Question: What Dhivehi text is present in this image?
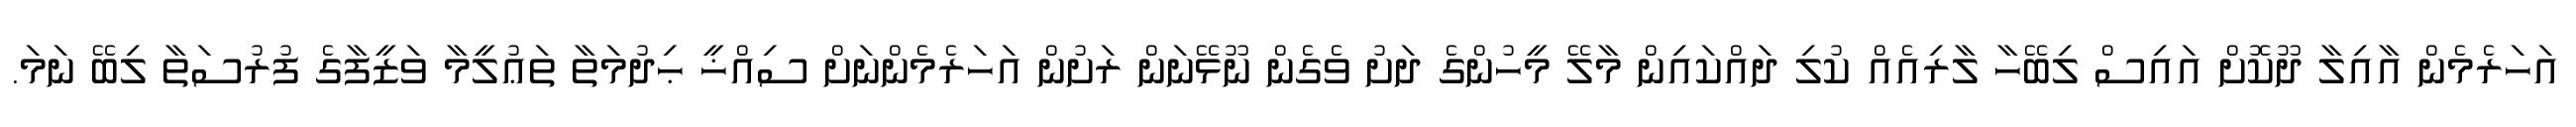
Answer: އަހަރެމެން އާއިލާ ދޫކޮށް އައިސް ލިބޭހާ ލާރިއެއް ކުލި ދައްކައިން މާލޭ މީހުންގެ ދަށު ވެގެން ނޫޅޭނަން ރަށުން އަހަރެމެންނަށް ސިއްޚީ ޙިދުމަތާ ތަޢުލީމާ ވަޒީފާގެ ފުރުސަތާ ލިބޭ ނަމަ.